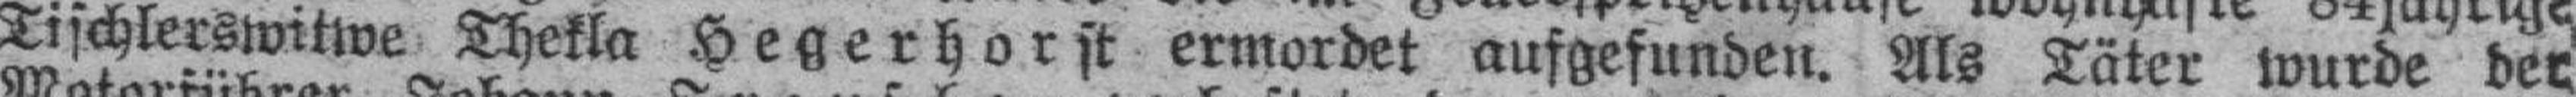
Tischlerswitwe Thekla Hegerhorst ermordet aufgefunden. Als Täter wurde der